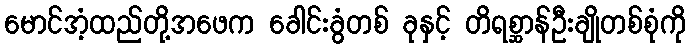
မောင်အံ့ထည်တို့အဖေက ခေါင်းခွံတစ် ခုနှင့် တိရစ္ဆာန်ဦးချိုတစ်စုံကို